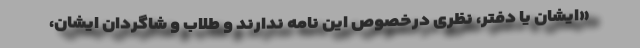
«ایشان یا دفتر، نظری درخصوص این نامه ندارند و طلاب و شاگردان ایشان،